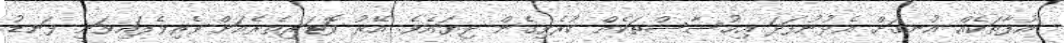
އުފާތަކެއް އުނގަށް އެޅުނުފަދަ އިހުސާސްތަކެއް ކުރެވިގެން ދިޔައެވެ. އޭރު ކޮޓަރިތެރެއަށް ވެރިވެފައިވަނީ ފަނޑު